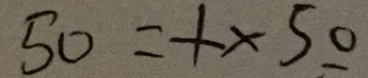
5 0 = 1 \times 5 0